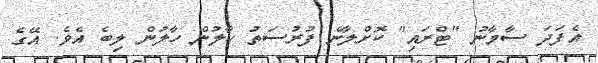
އެފަދަ ސާމާނު "ޓްރައި" ކޮށްލާނެ ފުރުސަތު ހާލުން ހާލުން ލިބެ އެވެ. އޭގެ